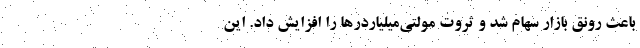
باعث رونق بازار سهام شد و ثروت مولتی‌میلیاردرها را افزایش داد. این